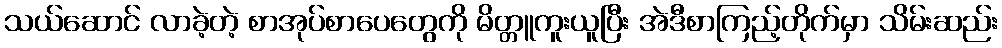
သယ်ဆောင် လာခဲ့တဲ့ စာအုပ်စာပေတွေကို မိတ္တူကူးယူပြီး အဲဒီစာကြည့်တိုက်မှာ သိမ်းဆည်း